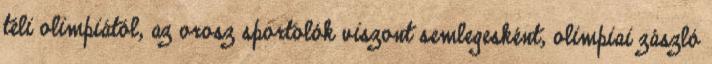
téli olimpiától, az orosz sportolók viszont semlegesként, olimpiai zászló